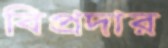
বিপ্রদার